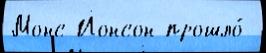
Монс Йонсон прошло́